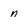
Character: n